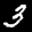
Label: 3